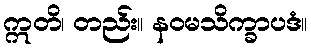
ဣတိ၊ တည်း။ နဝမသိက္ခာပဒံ။